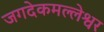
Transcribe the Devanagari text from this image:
जगदेकमल्लेश्वर